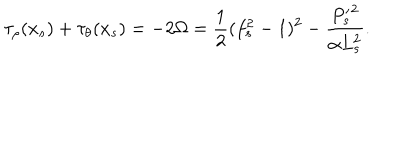
\tau _ { \rho } ( x _ { s } ) + \tau _ { \theta } ( x _ { s } ) = - 2 \Omega = \frac { 1 } { 2 } ( f _ { s } ^ { 2 } - 1 ) ^ { 2 } - \frac { { P _ { s } ^ { \prime } } ^ { 2 } } { \alpha L _ { s } ^ { 2 } } .